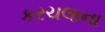
કરચલાના